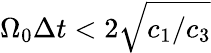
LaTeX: \Omega_{0}\Delta{t}<2\sqrt{c_{1}/c_{3}}